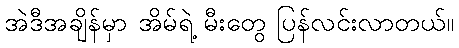
အဲဒီအချိန်မှာ အိမ်ရဲ့ မီးတွေ ပြန်လင်းလာတယ်။